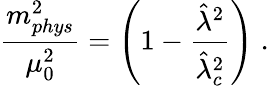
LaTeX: \frac{m_{phys}^{2}}{\mu_{0}^{2}}=\left(1-\frac{{{\hat{\lambda}^{2}}}}{{{\hat{\lambda}}_{c}^{2}}}\right)\; .